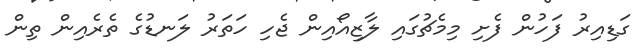
ގަޑިއިރު ފަހުން ފެށި މިމެޗުގައި ލާޒިއޯއިން ޖެހި ހަތަރު ލަނޑުގެ ތެރެއިން ތިން